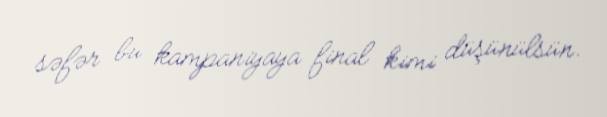
səfər bu kampaniyaya final kimi düşünülsün.